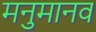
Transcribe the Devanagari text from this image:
मनुमानव